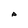
Character: A